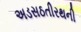
અડસઠતીરથની